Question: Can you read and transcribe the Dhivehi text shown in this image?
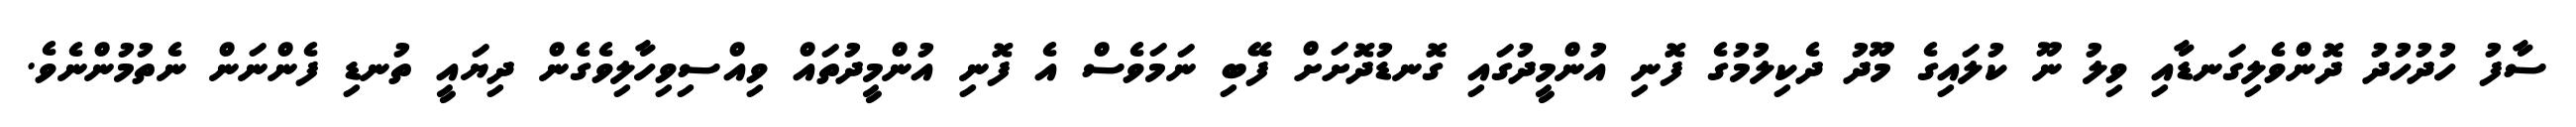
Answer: ސާފު ހުދުހުދު ދޮންވެލިގަނޑާއި ވިލު ނޫ ކުލައިގެ މޫދު ދެކިލުމުގެ ފޮނި އުންމީދުގައި ގޮނޑުދޮށަށް ފޭބި ނަމަވެސް އެ ފޮނި އުންމީދުތައް ވިއްސިވިހާލިވެގެން ދިޔައީ ތުނޑި ފެންނަން ނެތުމުންނެވެ.